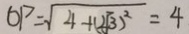
O P = \sqrt { 4 + ( 2 \sqrt { 3 } ) ^ { 2 } } = 4